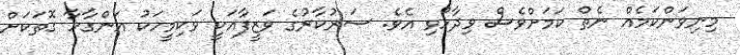
މިނިވަންކަމެއް ނެތް ކަމަށްވެސް ވިދާޅުވި އެވެ. ސަރުކާރުގެ ވަޒީފާއަކީ ވަކިމީހަކު އަންގާހާ ގޮތަކަށް